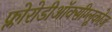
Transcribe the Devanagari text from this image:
फ्लोरोडीऑक्सीग्लूकोज़